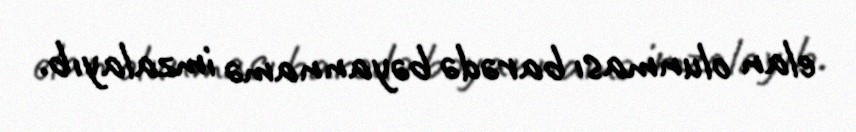
elan olunması barədə bəyannamə imzalayıb.